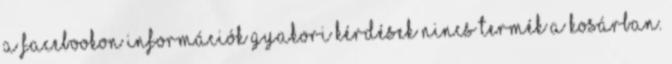
a Facebookon Információk Gyakori Kérdések Nincs termék a kosárban.